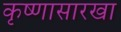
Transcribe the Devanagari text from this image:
कृष्णासारखा